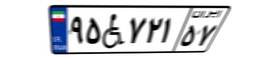
۹۵W۷۲۱۵۷